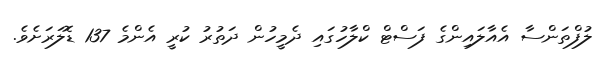
ލުފްތަންސާ އެއާލައިންގެ ފަސްޓް ކްލާހުގައި ދެމީހުން ދަތުރު ކުރީ އެންމެ 137 ޑޮލަރަށެވެ.